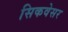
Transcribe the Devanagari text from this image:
सिकवेसर